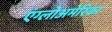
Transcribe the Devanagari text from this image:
एंग्लोअमेरिका